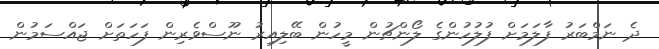
ދެ ނަމްބަރު ފާލަމަށް ފުލުހުންގެ ލޯންޗުން މީހުން ބޭލިއިރު ނޫސްވެރިން ފަހަތަށް ޖައްސަމުން